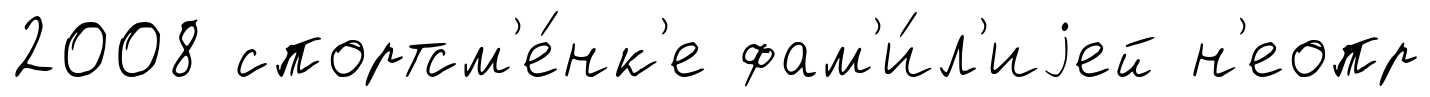
2008 спортсм'е́нк'е фам'и́л'иjей н'еопр